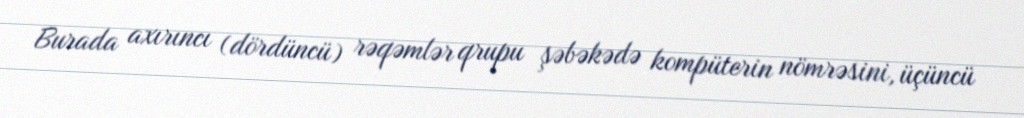
Burada axırıncı (dördüncü) rəqəmlər qrupu şəbəkədə kompüterin nömrəsini, üçüncü